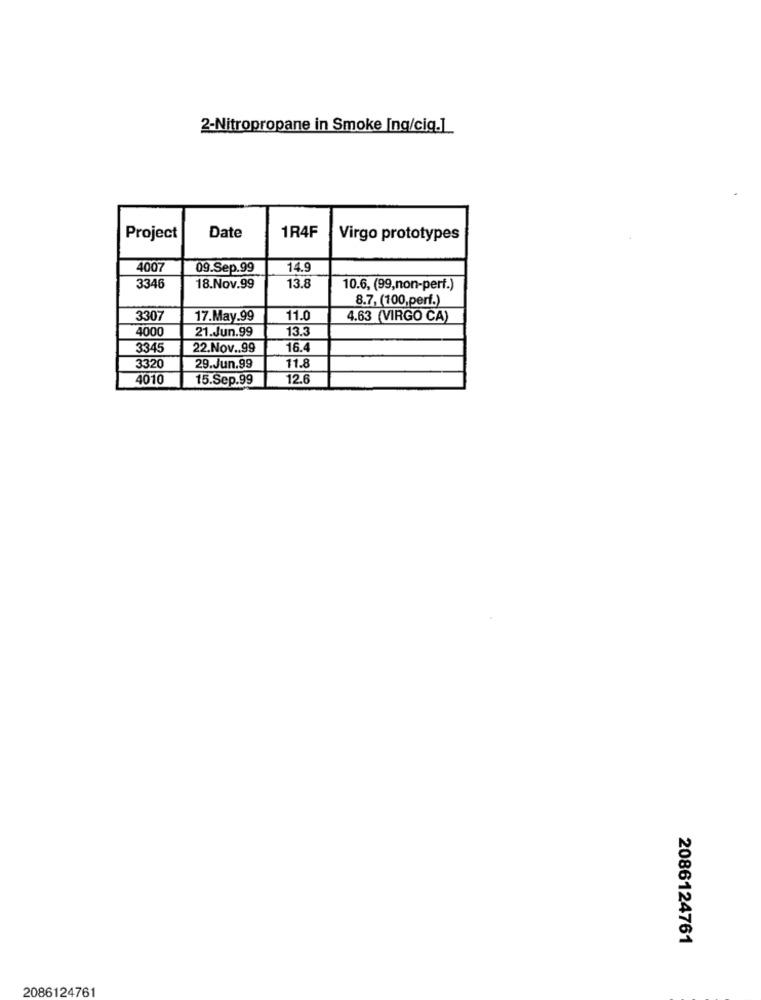
2-Nitropropane in Smoke Ing/cig.]
1R4F
Project
Date
Virgo prototypes
4007
09.Sep.99
14.9
3346
18.Nov.99
13.8
10.6, (99,non-perf.)
8.7, (100,perf.)
3307
17.May.99
11.0
4.63 (VIRGO CA)
13.3
4000
21.Jun.99
3345
22.Nov .. 99
16.4
3320
29.Jun.99
11.8
4010
15.Sep.99
12.6
2086124761
2086124761